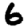
Digit: 6